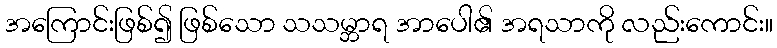
အကြောင်းဖြစ်၍ ဖြစ်သော သသမ္ဘာရ အာပေါ၏ အရသာကို လည်းကောင်း။